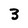
Character: 3